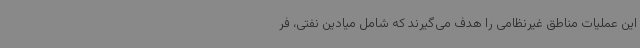
این عملیات مناطق غیرنظامی را هدف می‌گیرند که شامل میادین نفتی، فر